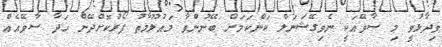
ވިދާޅުވީ މި ސާވޭއަކީ ނެވިގޭޝަނަލް ކަންކަމަށް ބޭނުންވާ މައުލޫމާތު ފޯރުކޮށްދޭން ހަދާ ސާވޭއެއް